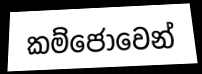
කම්ජෝවෙන්